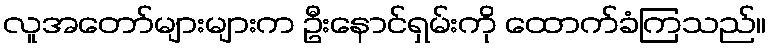
လူအတော်များများက ဦးနောင်ရှမ်းကို ထောက်ခံကြသည်။